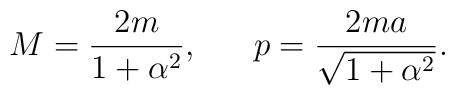
M={{2m}\over{1+\alpha^2}},\ \ \ \ \ p={{2ma}\over\sqrt{1+\alpha^2}}.